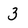
Character: 3